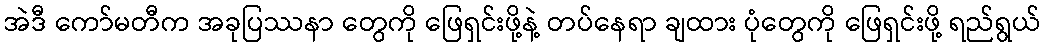
အဲဒီ ကော်မတီက အခုပြဿနာ တွေကို ဖြေရှင်းဖို့နဲ့ တပ်နေရာ ချထား ပုံတွေကို ဖြေရှင်းဖို့ ရည်ရွယ်